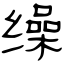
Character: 缲